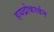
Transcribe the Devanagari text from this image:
हयद्रोकार्बन